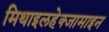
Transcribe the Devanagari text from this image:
मिथाइलहेक्जामाइन